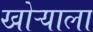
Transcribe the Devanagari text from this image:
खोऱ्याला